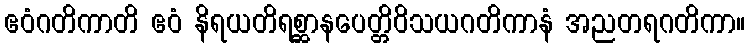
ဧဝံဂတိကာတိ ဧဝံ နိရယတိရစ္ဆာနပေတ္တိဝိသယဂတိကာနံ အညတရဂတိကာ။